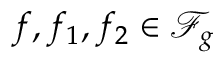
{ f , f _ { 1 } , f _ { 2 } \in \mathscr { F } _ { g } }